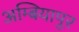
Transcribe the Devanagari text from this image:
अम्बियापुर